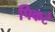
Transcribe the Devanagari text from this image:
पिकटे